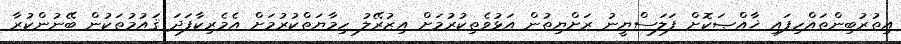
އިތުރުބިންތައްހިފައި ޚާއްޞަކޮށް ފަލަސްޔީނު ރަށްޔިތުން އަޅުވެތިކުރުމަށް އިޒުރޭލު ހިމާޔަތްކުރުމަށް އެމެރިކާފަދަ ޤައުމުތަކުން ބޭނުންކުރާ